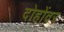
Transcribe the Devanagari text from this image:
दोहोंवर